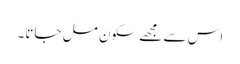
اس سے مجھے سکون مل جاتا۔